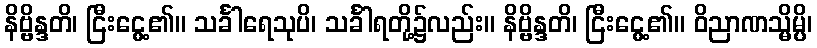
နိဗ္ဗိန္ဒတိ၊ ငြီးငွေ့၏။ သင်္ခါရေသုပိ၊ သင်္ခါရတို့၌လည်း။ နိဗ္ဗိန္ဒတိ၊ ငြီးငွေ့၏။ ဝိညာဏသ္မိမ္ပိ၊